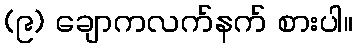
(၉) ချောကလက်နက် စားပါ။